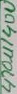
Text: 470u/40V